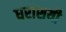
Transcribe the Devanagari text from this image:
धराशयी